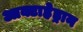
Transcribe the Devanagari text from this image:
आक्टाहेड्रान